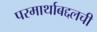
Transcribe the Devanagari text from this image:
परमार्थाबद्दलची